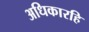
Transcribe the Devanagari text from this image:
अधिकारहि